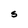
Character: S